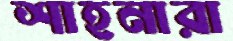
শাহনারা